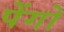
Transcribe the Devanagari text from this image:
पेंगो